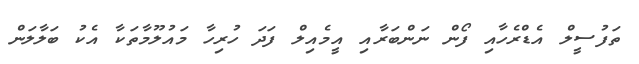
ތަފުސީލް އެޑްރެހާއި ފޯން ނަންބަރާއި އީމެއިލް ފަދަ ހުރިހާ މައުލޫމާތަކާ އެކު ބަލާލަން